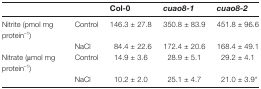
<table><thead><tr><td></td><td></td><td><b>Col-0</b></td><td><b><i>cuao8-1</i></b></td><td><b><i>cuao8-2</i></b></td></tr></thead><tbody><tr><td>Nitrite (pmol mg protein<sup>–1</sup>)</td><td>Control</td><td>146.3 ± 27.8</td><td>350.8 ± 83.9</td><td>451.8 ± 96.6</td></tr><tr><td></td><td>NaCl</td><td>84.4 ± 22.6</td><td>172.4 ± 20.6</td><td>168.4 ± 49.1</td></tr><tr><td>Nitrate (μmol mg protein<sup>–1</sup>)</td><td>Control</td><td>14.9 ± 3.6</td><td>28.9 ± 5.1</td><td>29.2 ± 4.1</td></tr><tr><td></td><td>NaCl</td><td>10.2 ± 2.0</td><td>25.1 ± 4.7</td><td>21.0 ± 3.9*</td></tr></tbody></table>